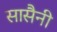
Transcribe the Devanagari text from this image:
सासैनी